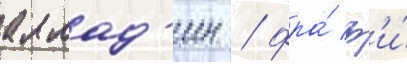
аллад'ин / фра́ ф'и́